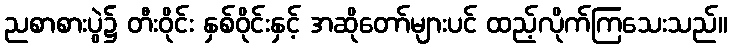
ညစာစားပွဲ၌ တီးဝိုင်း နှစ်ဝိုင်းနှင့် အဆိုတော်များပင် ထည့်လိုက်ကြသေးသည်။